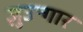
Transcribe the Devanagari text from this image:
ज़ुउन्गार